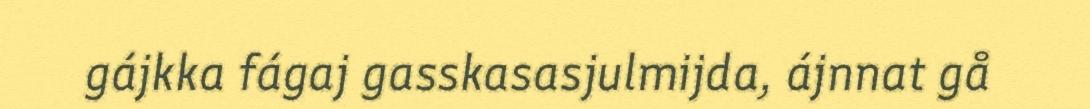
gájkka fágaj gasskasasjulmijda, ájnnat gå